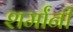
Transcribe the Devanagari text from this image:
शर्मांनी